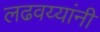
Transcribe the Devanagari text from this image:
लढवय्यांनी